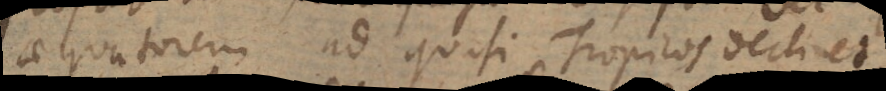
aequatorem ad quasi Tropicos declinet,